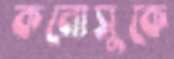
কনোসুকে